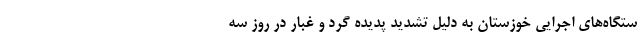
ستگاه‌های اجرایی خوزستان به دلیل تشدید پدیده گرد و غبار در روز سه